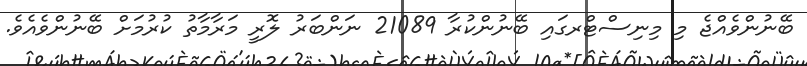
ބޭނުންވެއްޖެ މި މިނިސްޓްރގައި ބޭނުންކުރާ 21089 ނަންބަރު ލޮރީ މަރާމާތު ކުރުމަށް ބޭނުންވެއެވެ.